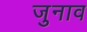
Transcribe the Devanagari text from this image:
जुनाव